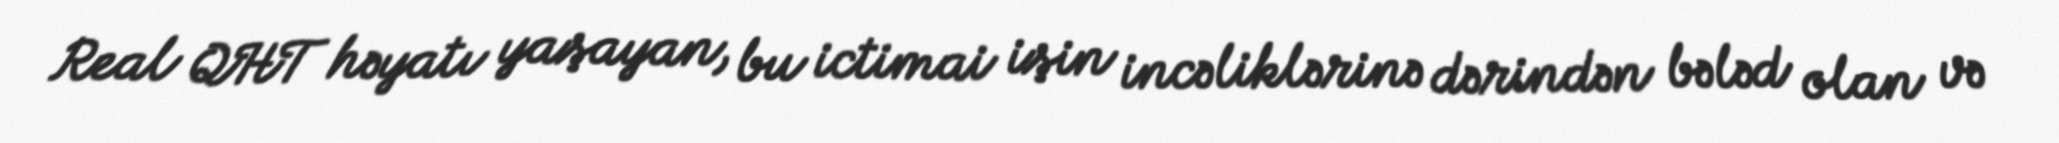
Real QHT həyatı yaşayan, bu ictimai işin incəliklərinə dərindən bələd olan və